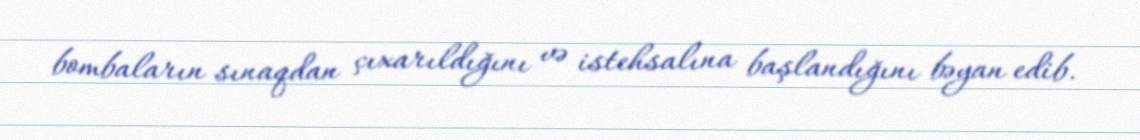
bombaların sınaqdan çıxarıldığını və istehsalına başlandığını bəyan edib.